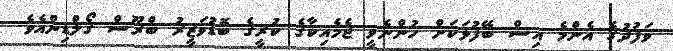
ވަފުދުގެ އެންމެ އިސް ބޭފުޅަކަށް ހުންނެވީ ޖެމެއިކާގެ ކުރީގެ ބޮޑުވަޒީރު ބްރޫސް ގޯލްޑިންއެވެ.